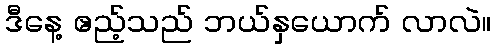
ဒီနေ့ ဧည့်သည် ဘယ်နှယောက် လာလဲ။